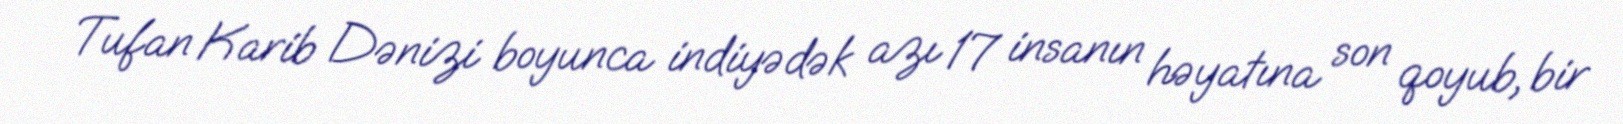
Tufan Karib Dənizi boyunca indiyədək azı 17 insanın həyatına son qoyub, bir